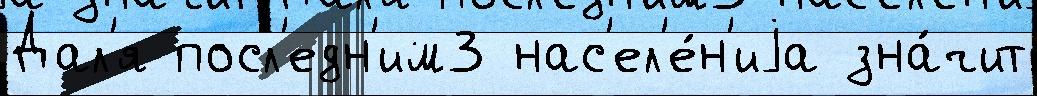
Дал'я посл'едн'им3 нас'ел'е́н'иjа зна́чит